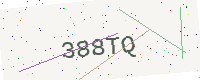
Text: 388TQ